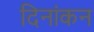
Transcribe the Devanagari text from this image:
दिनांकन